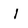
Character: l